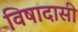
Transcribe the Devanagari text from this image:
विषादासी